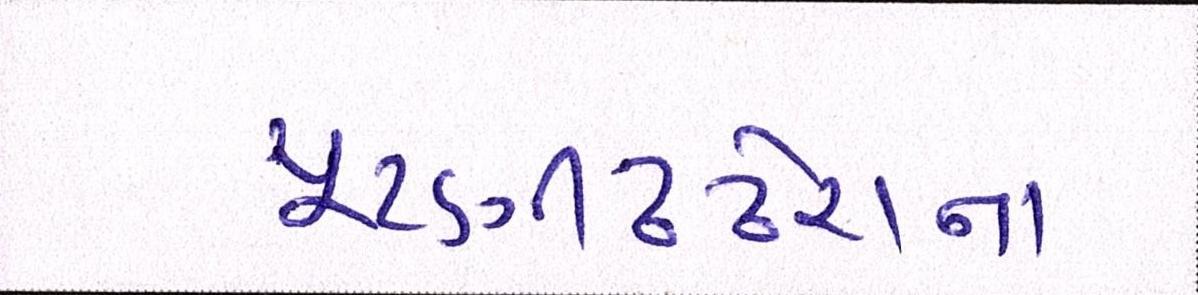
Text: ચૂંટણીઢંઢેરાનાં